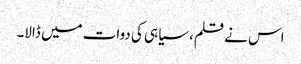
اس نے قلم، سیاہی کی دوات میں ڈالا۔